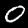
Label: 0